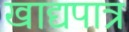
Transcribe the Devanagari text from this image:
खाद्यपात्र